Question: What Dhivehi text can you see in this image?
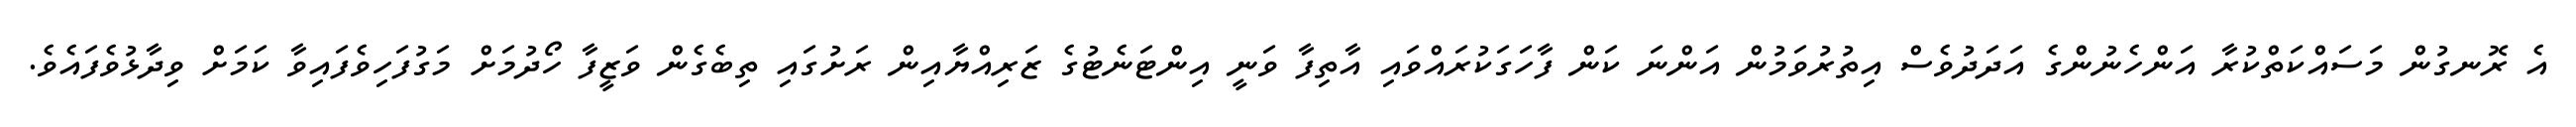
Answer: އެ ރޮނގުން މަސައްކަތްކުރާ އަންހެނުންގެ އަދަދުވެސް އިތުރުވަމުން އަންނަ ކަން ފާހަގަކުރައްވައި އާތިފާ ވަނީ އިންޓަނެޓުގެ ޒަރިއްޔާއިން ރަށުގައި ތިބެގެން ވަޒީފާ ހޯދުމަށް މަގުފަހިވެފައިވާ ކަމަށް ވިދާޅުވެފައެވެ.